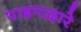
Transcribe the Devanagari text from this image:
पाइपद्वारे